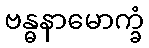
ဗန္ဓနာမောက္ခံ